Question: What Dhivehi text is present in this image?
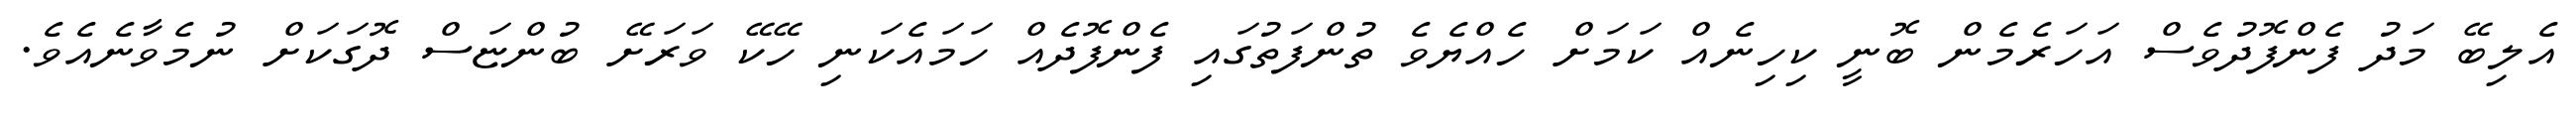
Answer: އެލިބޭ މަދު ފެންފޮދުވެސް އަހަރެމެން ބޮނީ ކިހިނެއް ކަމަށް ހެއްޔެވެ ތުންފަތުގައި ފެންފޮދެއް ހަމައެކަނި ހޭކޭ ވަރަށޭ ބުންޏަސް ދޮގަކަށް ނުމެވާނެއެވެ.